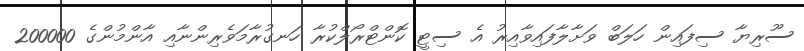
ސޫރިޔާ ސިފައިން ހަލަބް ވަށާލާފައިވާއިރު އެ ސިޓީ ކޮންޓްރޯލްކުރާ ހަނގުރާމަވެރިންނާއި އާންމުންގެ 200000